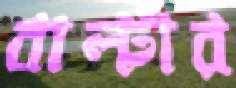
বাল্টার